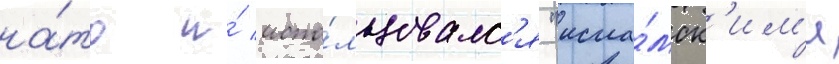
на́то и́ испо́льзовалс'я "исла́мск'им'и